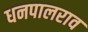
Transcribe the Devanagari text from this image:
धनपालराव